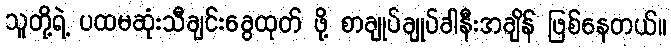
သူတို့ရဲ့ ပထမဆုံးသီချင်းခွေထုတ် ဖို့ စာချုပ်ချုပ်ခါနီးအချိန် ဖြစ်နေတယ်။